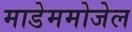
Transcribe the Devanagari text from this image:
माडेममोजेल